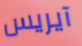
آيريس